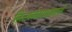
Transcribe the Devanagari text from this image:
नित्यनेमाप्रमाणे